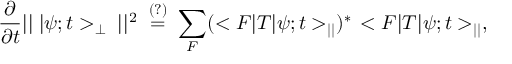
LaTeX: \frac { \partial } { \partial t } | | \; | \psi ; t > _ { \perp } \; | | ^ { 2 } \; \stackrel { ( ? ) } { = } \; \sum _ { F } ( < F | T | \psi ; t > _ { | | } ) ^ { \ast } \, < F | T | \psi ; t > _ { | | } ,